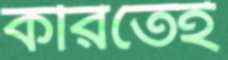
করিতেই